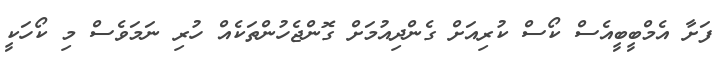
ފަށާ އެމްބީބީއެސް ކޯސް ކުރިއަށް ގެންދިއުމަށް ގޮންޖެހުންތަކެއް ހުރި ނަމަވެސް މި ކޯހަކީ